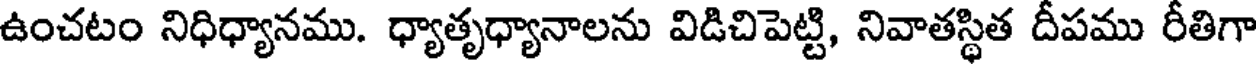
ఉంచటం నిధిధ్యానము. ధ్యాతృధ్యానాలను విడిచిపెట్టి, నివాతస్థిత దీపము రీతిగా